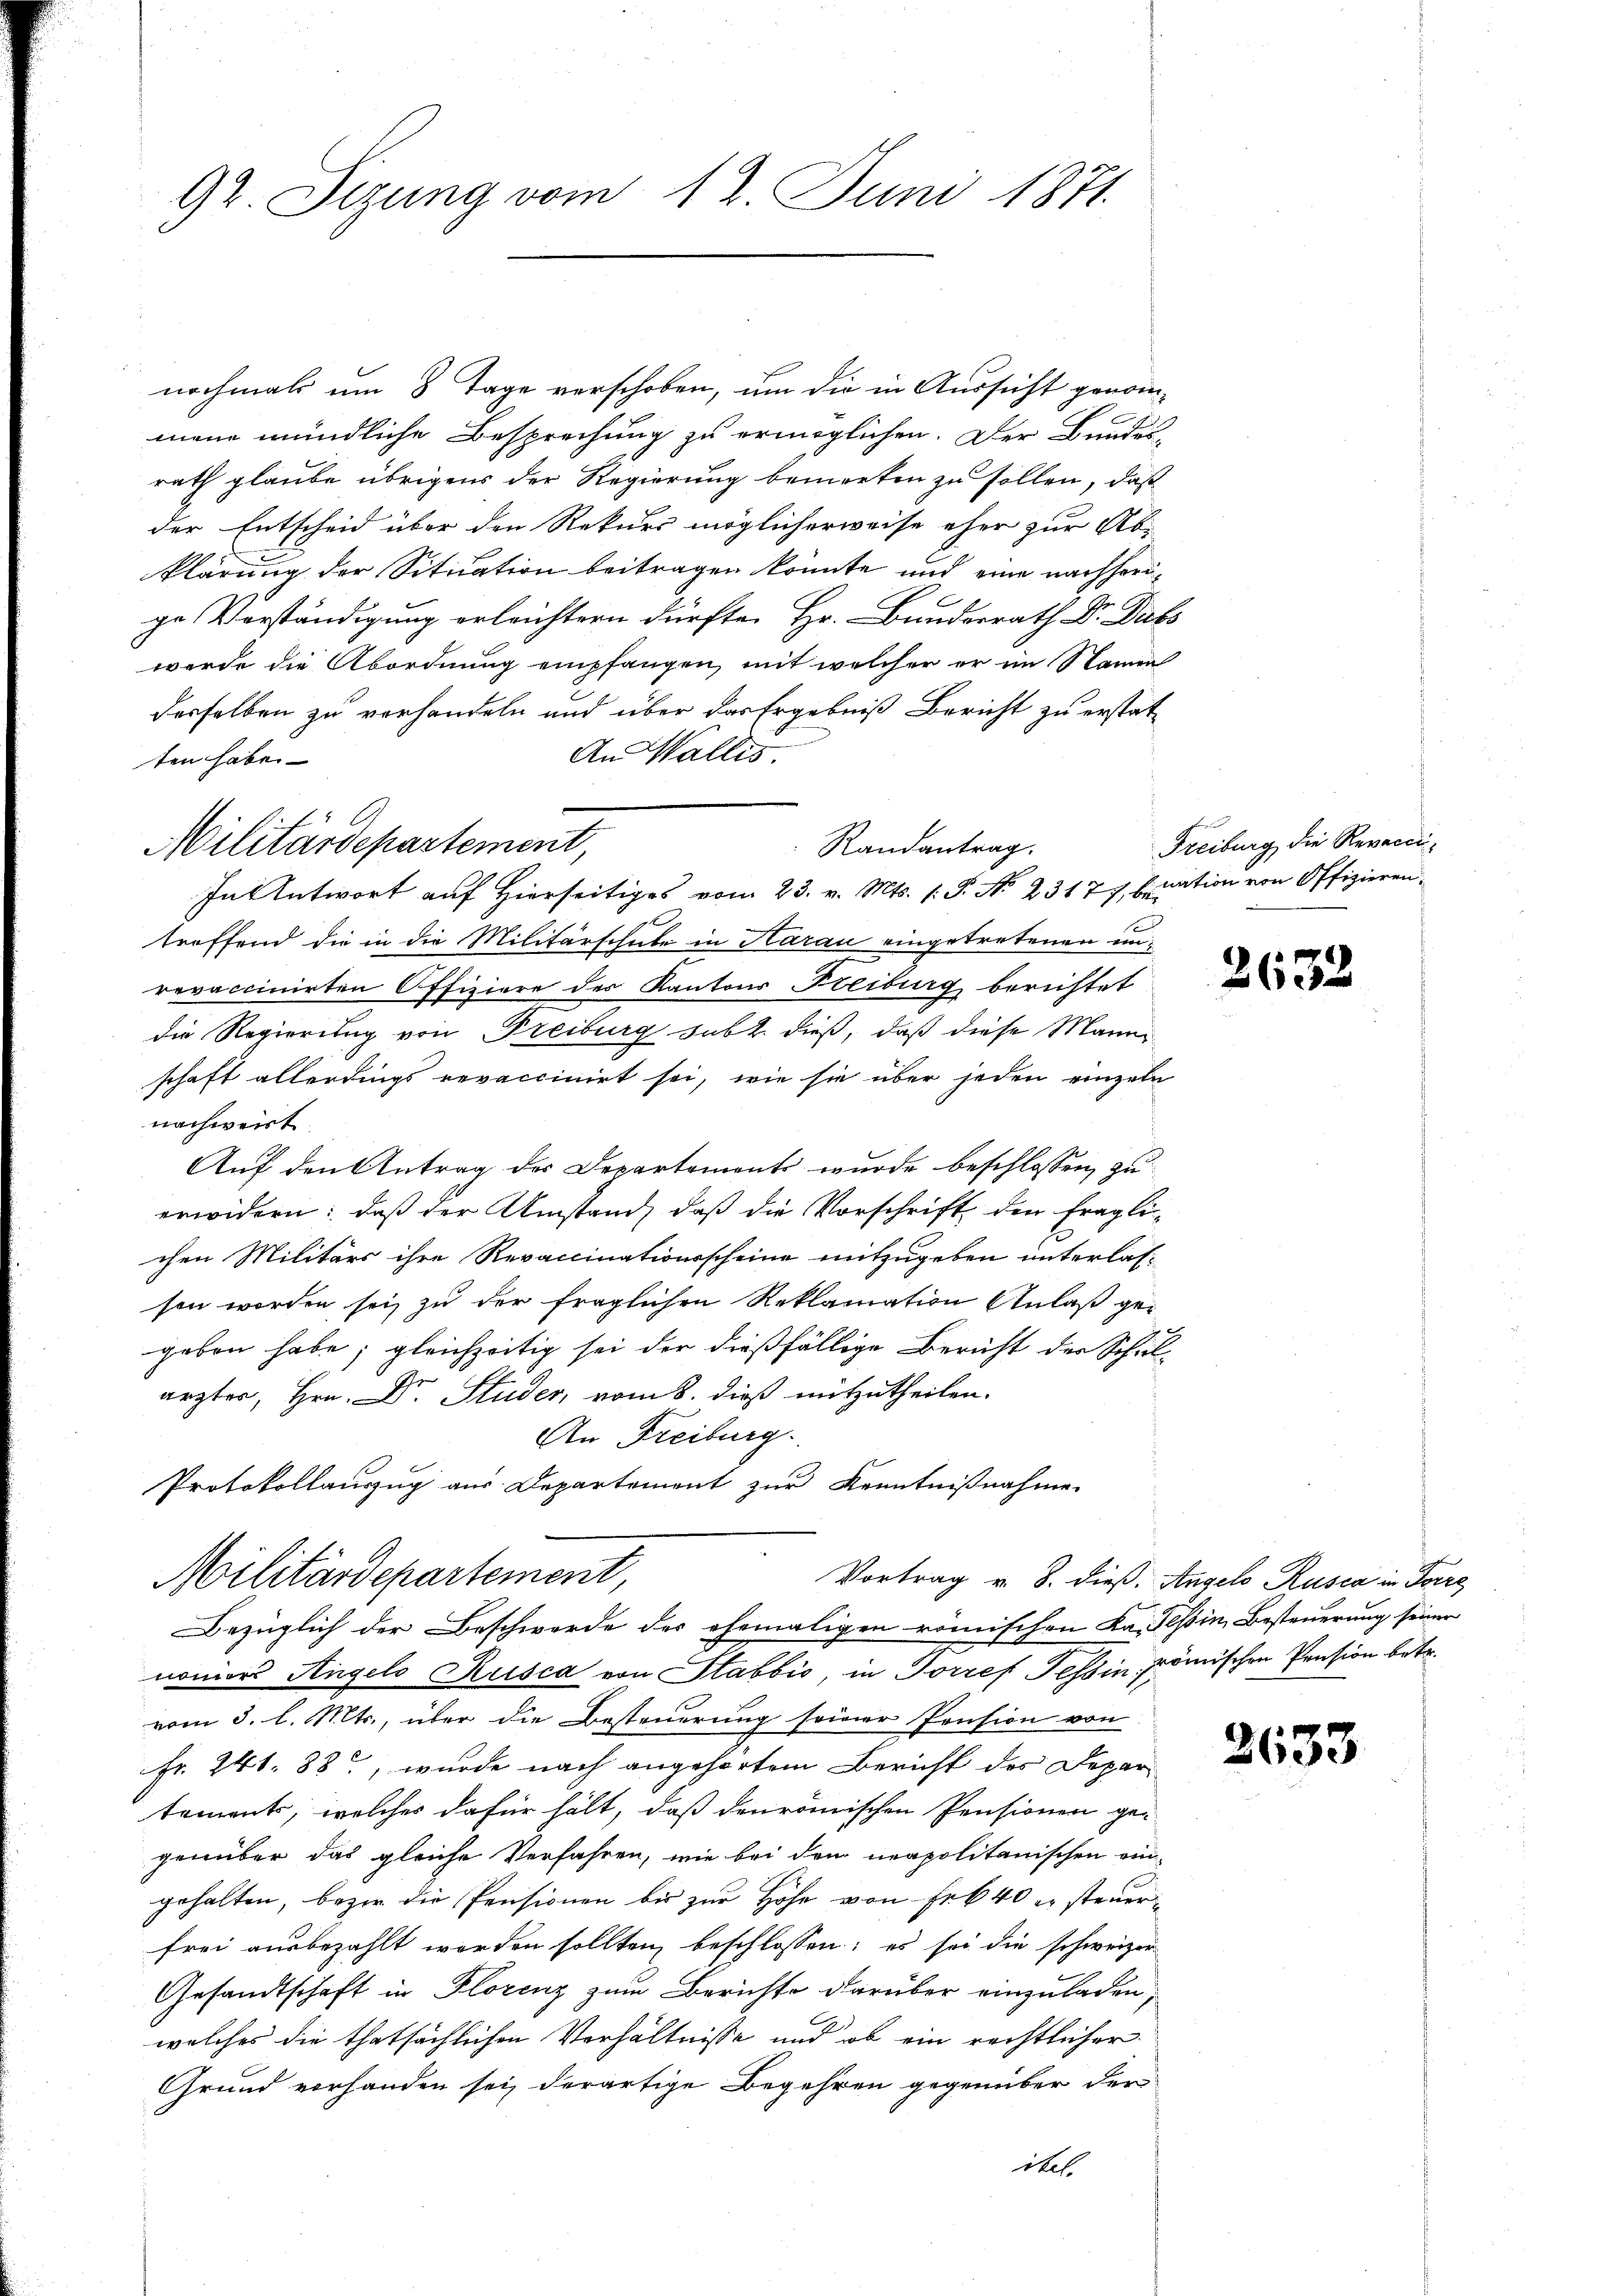
92. Sizung vom 12. Juni 1871.

nochmals um 8 Tage verschoben, um die in Aussicht genommene mündliche Besprechung zu ermöglichen. Der Bundes-
rath glaube übrigens der Regierung bemerken zu sollen, daß
der Entscheid über den Rekurs möglicherweise eher zur Ab-
klärung der Situation beitragen könnte und eine nachherige Verständigung erleichtern dürfte. Hr. Bundesrath Dr. Dubs
werde die Abordnung empfangen, mit welcher er im Namen
derselben zu verhandeln und über das Ergebniß Bericht zu erstat¬
An Wallis
ten habe.
troffend die in die Militärschule in Harau eingetretenen un-
revaccinirten Offiziere des Kantons Freiburg berichtet
die Regierung von Freiburg subt dieß, daß diese Mann
schaft allerdings revaccinirt sei, wie sie über jeden einzeln
nachweist
Auf den Antrag des Departements wurde beschlossen, zu
erwidern: daß der Umstand, daß die Vorschrift den fragli-
chen Militärs ihre Revaccinationsscheine mitzugeben unterlassen worden sei, zu der fraglichen Reklamation Anlaß gegeben habe; gleichzeitig sei der dießfällige Bericht der Schul-
ärzter, Hrn. Dr. Studer, vom 8. dieß mitzutheilen.
An Freiburg.
Protokollauszug aus Departement zur Kenntnißnahme
Militärdepartement,
Vortrag v. 8. dieß. Angelo Rusca in Forre
Bezüglich der Beschwerde des ehemaligen römischen Ka. Tessin, Besteuerung seiner
noniors Angels Rusca von Stabbio, in Forres Tessin römischen Pension betr.
vom 3. l. Mts., über die Besteuerung seiner Pension von
Fr. 241. 88, wurde nach angehörtem Bericht des Depar
tements, welches dafür hält, daß denrömischen Pensionen ge-
genüber das gleiche Verfahren, wie bei dem neapolitanischen ein-
gehalten, bezir die Pensionen bis zur Höhe von Frk. 40 u steuerfrei ausbezahlt worden sollten beschlossen; es sei die schweizer
Gesandtschaft in Florenz zum Berichte darüber einzuladen,
welches die thatsächlichen Verhältnisse und ob ein rechtlicher
Grund vorhanden sei, derartige Begehren gegenüber der
ibel.

Militärdepartement,
Randantrag.
In Antwort auf Hierseitiges vom 23. v. Mts. (: P. No 23177, Eination von Offizieren-

Freiburg die Revecci¬

2632

2633